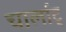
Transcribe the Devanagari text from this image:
चार्लाट्